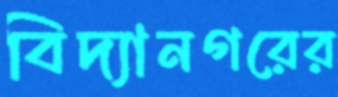
বিদ্যানগরের